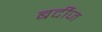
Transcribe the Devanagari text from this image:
बर्दीज